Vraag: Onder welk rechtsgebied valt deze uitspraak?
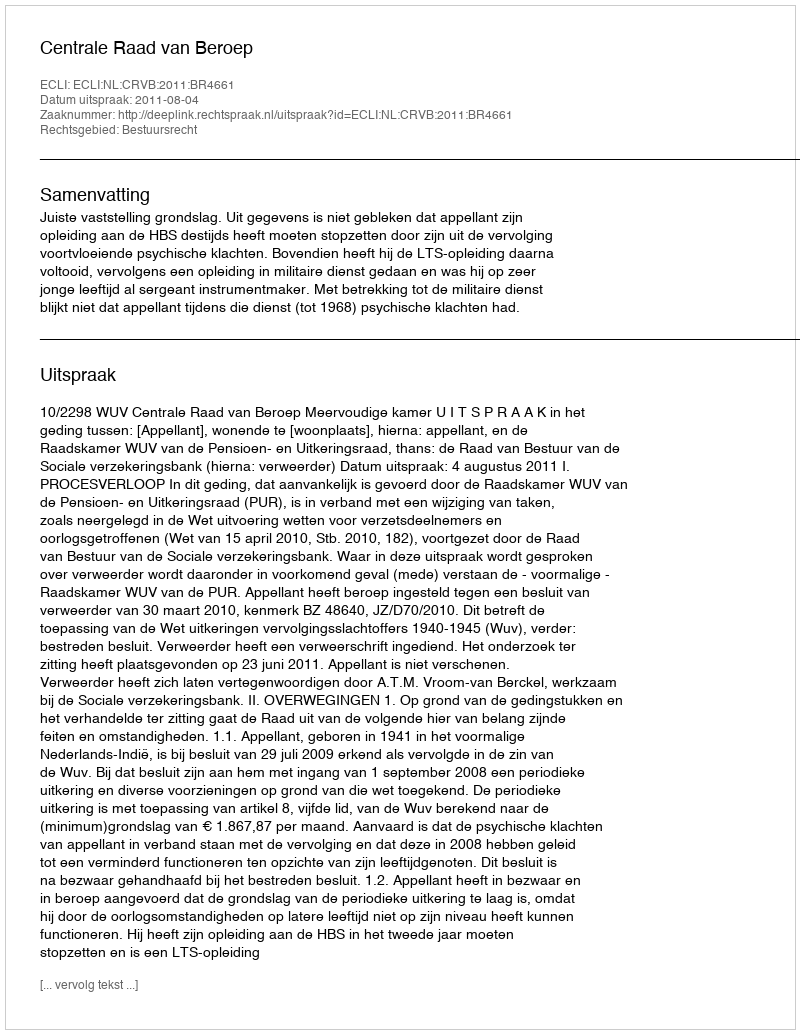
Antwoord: Bestuursrecht